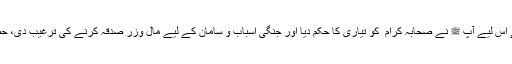
9ھ میں آنحضرت ﷺ کو خبر ملی کہ قیصر روم بڑے سازوسامان کے ساتھ عرب پر حملہ آور ہونا چاہتا ہے اس لیے آپ ﷺ نے صحابہ کرام ؓ کو تیاری کا حکم دیا اور جنگی اسباب و سامان کے لیے مال وزر صدقہ کرنے کی ترغیب دی، حضرت طلحہ ؓ نے اس موقع پر ایک بیش قراررقم پیش کی اوربارگاہ رسالت ﷺ سے فیاض کا لقب حاصل کیا۔